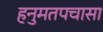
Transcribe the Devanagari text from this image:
हनुमतपचासा